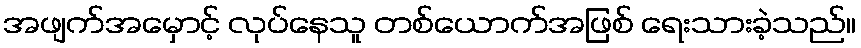
အဖျက်အမှောင့် လုပ်နေသူ တစ်ယောက်အဖြစ် ရေးသားခဲ့သည်။